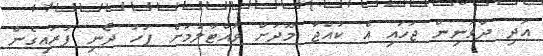
އަދި ދާވަނިން ޖަހައި އެ ކުއްޖާ މޫދަށް ވައްޓާލުމަށް ފަހު ދޯނި ފުރައިގެން